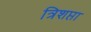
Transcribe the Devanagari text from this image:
त्रिशप्ता